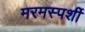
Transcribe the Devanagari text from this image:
मरमस्पर्शी